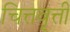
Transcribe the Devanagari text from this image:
चित्तवृत्ती